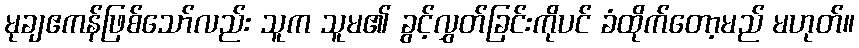
မုချဧကန်ဖြစ်သော်လည်း သူက သူမ၏ ခွင့်လွှတ်ခြင်းကိုပင် ခံထိုက်တော့မည် မဟုတ်။